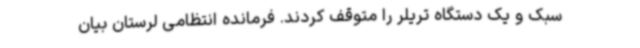
سبک و یک دستگاه تریلر را متوقف کردند. فرمانده انتظامی لرستان بیان